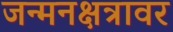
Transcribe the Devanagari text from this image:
जन्मनक्षत्रावर